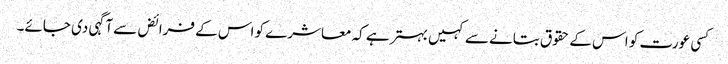
کسی عورت کو اس کے حقوق بتانے سے کہیں بہتر ہے کہ معاشرے کو اس کے فرائض سے آگہی دی جائے۔